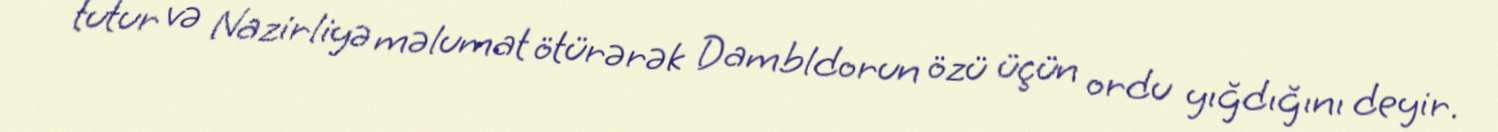
tutur və Nazirliyə məlumat ötürərək Dambldorun özü üçün ordu yığdığını deyir.